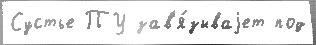
Сустье ПУ зав'я́зываjет под